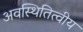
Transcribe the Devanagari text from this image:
अवस्थितित्वीय